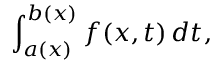
\int _ { a ( x ) } ^ { b ( x ) } f ( x , t ) \, d t ,